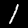
Digit: 1